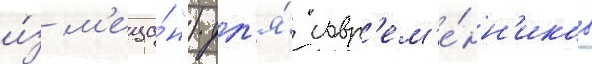
и́з м'еща́н") дл'я́ совр'ем'е́нн'иков